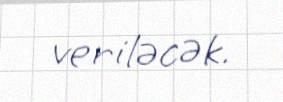
veriləcək.